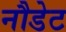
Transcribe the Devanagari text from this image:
नौडेट